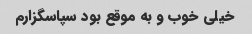
خیلی خوب و به موقع بود سپاسگزارم